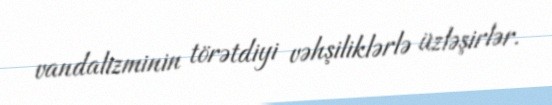
vandalizminin törətdiyi vəhşiliklərlə üzləşirlər.